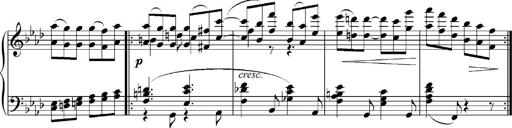
Title: Sonatina No.5
Composer: Otto Stoll
Key: F-sharp minor